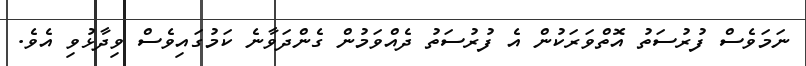
ނަމަވެސް ފުރުސަތު އޮތްވަރަކުން އެ ފުރުސަތު ދެއްވަމުން ގެންދަވާނެ ކަމުގައިވެސް ވިދާޅުވި އެވެ.